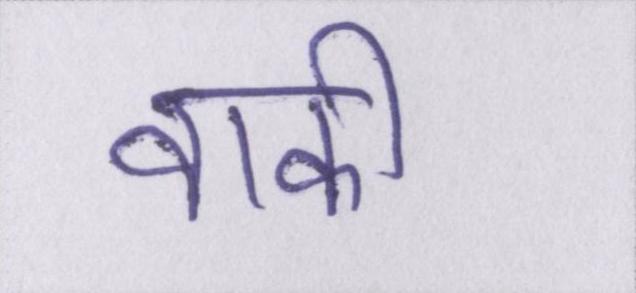
वाकी